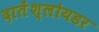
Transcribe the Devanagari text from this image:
दातेंश्लोयडर